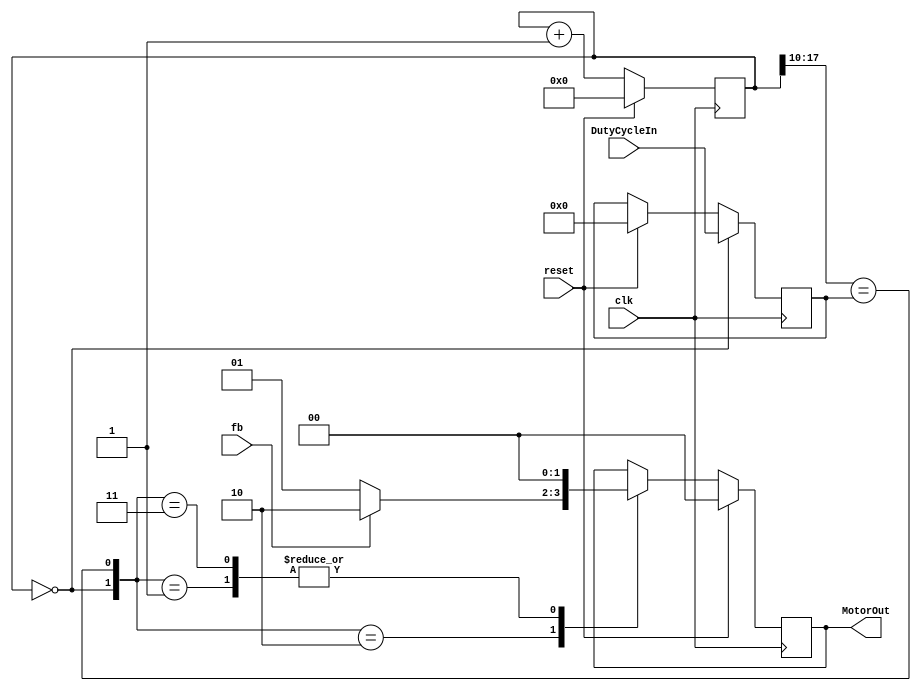
module PWM #(
        parameter DC_Precision = 8, 
        parameter Period = 18
        )
    ( // by default, duty cycle is 8 bits, period is 100 Mhz / 2^Period = 381 Hz
    input clk, reset, fb, // fb = 1 (forward), 0 (backward)
    input [DC_Precision-1:0] DutyCycleIn,
    output reg [1:0] MotorOut = 0
);

// Timer Submodule
reg [Period-1:0] timer = 0;
always @(posedge clk) begin
    timer <= (reset) ? 0 : timer + 1;
end

// Zero Detect
wire Zero;
assign Zero = (timer == 0);

// Comparator Submodule
wire EQU;
assign EQU = (timer[Period-1:Period-DC_Precision] == DutyCycle);

// Duty Cycle Register
reg [DC_Precision-1:0] DutyCycle = 0;
always@(posedge clk) begin
    if (reset) begin DutyCycle <= 0; end
    if (Zero) begin DutyCycle <= DutyCycleIn; end
end

// Control Unit
    always @(posedge clk) begin
        if (reset) begin
            MotorOut <= 0;
        end
        else begin
            case({Zero, EQU}) // set || reset
            0: begin end // nothing
            1: begin MotorOut <= 0; end // reset
            2: begin MotorOut <= (fb) ? 2'b10 : 2'b01; end // set
            3: begin MotorOut <= 0; end // set & reset. reset takes precedence
            endcase
        end
    end
endmodule